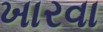
ખારવા